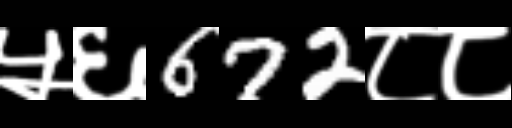
Text: ५६672८८